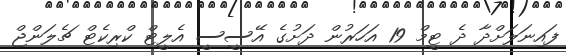
ފައިނަލަށްދާ ދެ ޓީމް 19 އަހަރުން ދަށުގެ އޭސީސީ އެލީޓް ކްރިކެޓް ޗެލަންޖް